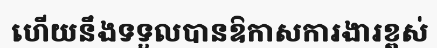
ហើយនឹងទទួលបានឱកាសការងារខ្ពស់